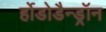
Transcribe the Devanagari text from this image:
र्होडोडैन्ड्रॉन